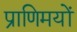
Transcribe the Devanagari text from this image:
प्राणिमयों